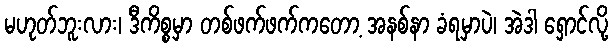
မဟုတ်ဘူးလား၊ ဒီကိစ္စမှာ တစ်ဖက်ဖက်ကတော့ အနစ်နာ ခံရမှာပဲ၊ အဲဒါ ရှောင်လို့